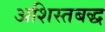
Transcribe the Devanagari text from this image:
अशिस्तबद्ध